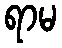
ရာမ